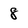
Character: 8